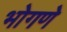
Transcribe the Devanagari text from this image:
भोगणे